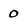
Character: 0